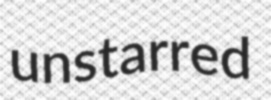
unstarred